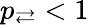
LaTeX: p_{\rightleftarrows}<1